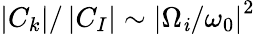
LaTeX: \left|C_{k}\right|/\left|C_{I}\right|\sim\left|\Omega_{\mathit{i}}/\omega_{0}\right|^{2}